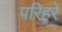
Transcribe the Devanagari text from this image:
परिहरे